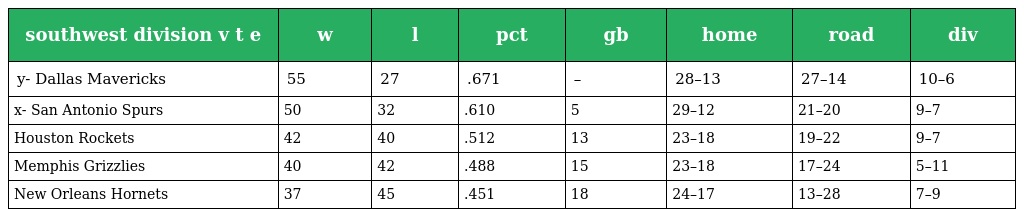
| southwest division v t e | w | l | pct | gb | home | road | div |
 | --- | --- | --- | --- | --- | --- | --- | --- |
 | y- Dallas Mavericks | 55 | 27 | .671 | – | 28–13 | 27–14 | 10–6 |
 | x- San Antonio Spurs | 50 | 32 | .610 | 5 | 29–12 | 21–20 | 9–7 |
 | Houston Rockets | 42 | 40 | .512 | 13 | 23–18 | 19–22 | 9–7 |
 | Memphis Grizzlies | 40 | 42 | .488 | 15 | 23–18 | 17–24 | 5–11 |
 | New Orleans Hornets | 37 | 45 | .451 | 18 | 24–17 | 13–28 | 7–9 |